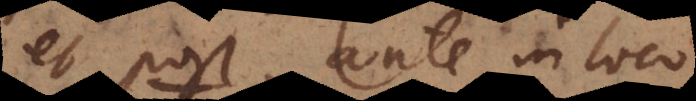
et post, ante, in loco